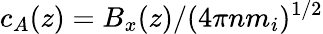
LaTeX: c_{A}(z)=B_{x}(z)/(4\pi nm_{i})^{1/2}